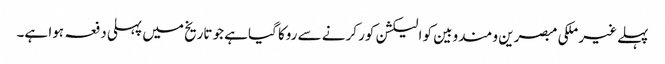
پہلے غیر ملکی مبصرین و مندوبین کو الیکشن کور کرنے سے روکا گیاہے جو تاریخ میں پہلی دفعہ ہوا ہے۔